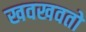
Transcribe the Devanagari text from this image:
खवखवतो